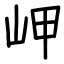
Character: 岬